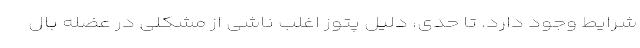
شرایط وجود دارد. تا حدی، دلیل پتوز اغلب ناشی از مشکلی در عضله بال